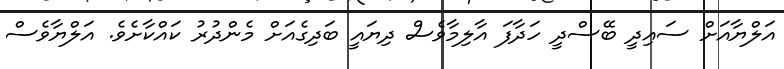
އަލްޔާއަށް ސައިދީ ބޭސްދީ ހަދާފަ އާލިމާވެސް ދިޔައީ ބަދިގެއަށްް މެންދުރު ކައްކާށެވެ. އަލްޔާވެސް